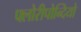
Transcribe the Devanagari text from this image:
फ्लोरीपोन्दियो